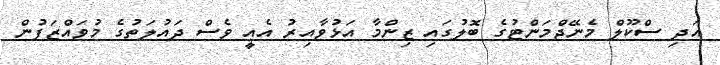
އަދި ސްކޫލް މެނޭޖްމަންޓުގެ ބޮލުގައި ޒިންމާ އަޅުވާއިރު އެއީ ވެސް ދައުލަތުގެ މުވައްޒަފުން